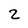
Character: 2